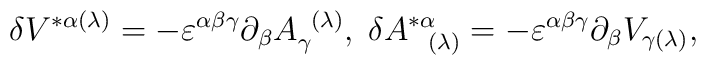
\delta V^{*\alpha (\lambda )}=-\varepsilon ^{\alpha \beta \gamma }\partial_{\beta }A_{\gamma }^{\;\;(\lambda )},\;\delta A_{\;\;\;(\lambda )}^{*\alpha}=-\varepsilon ^{\alpha \beta \gamma }\partial _{\beta }V_{\gamma (\lambda)},